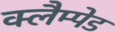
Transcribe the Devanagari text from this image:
क्लैम्पेड